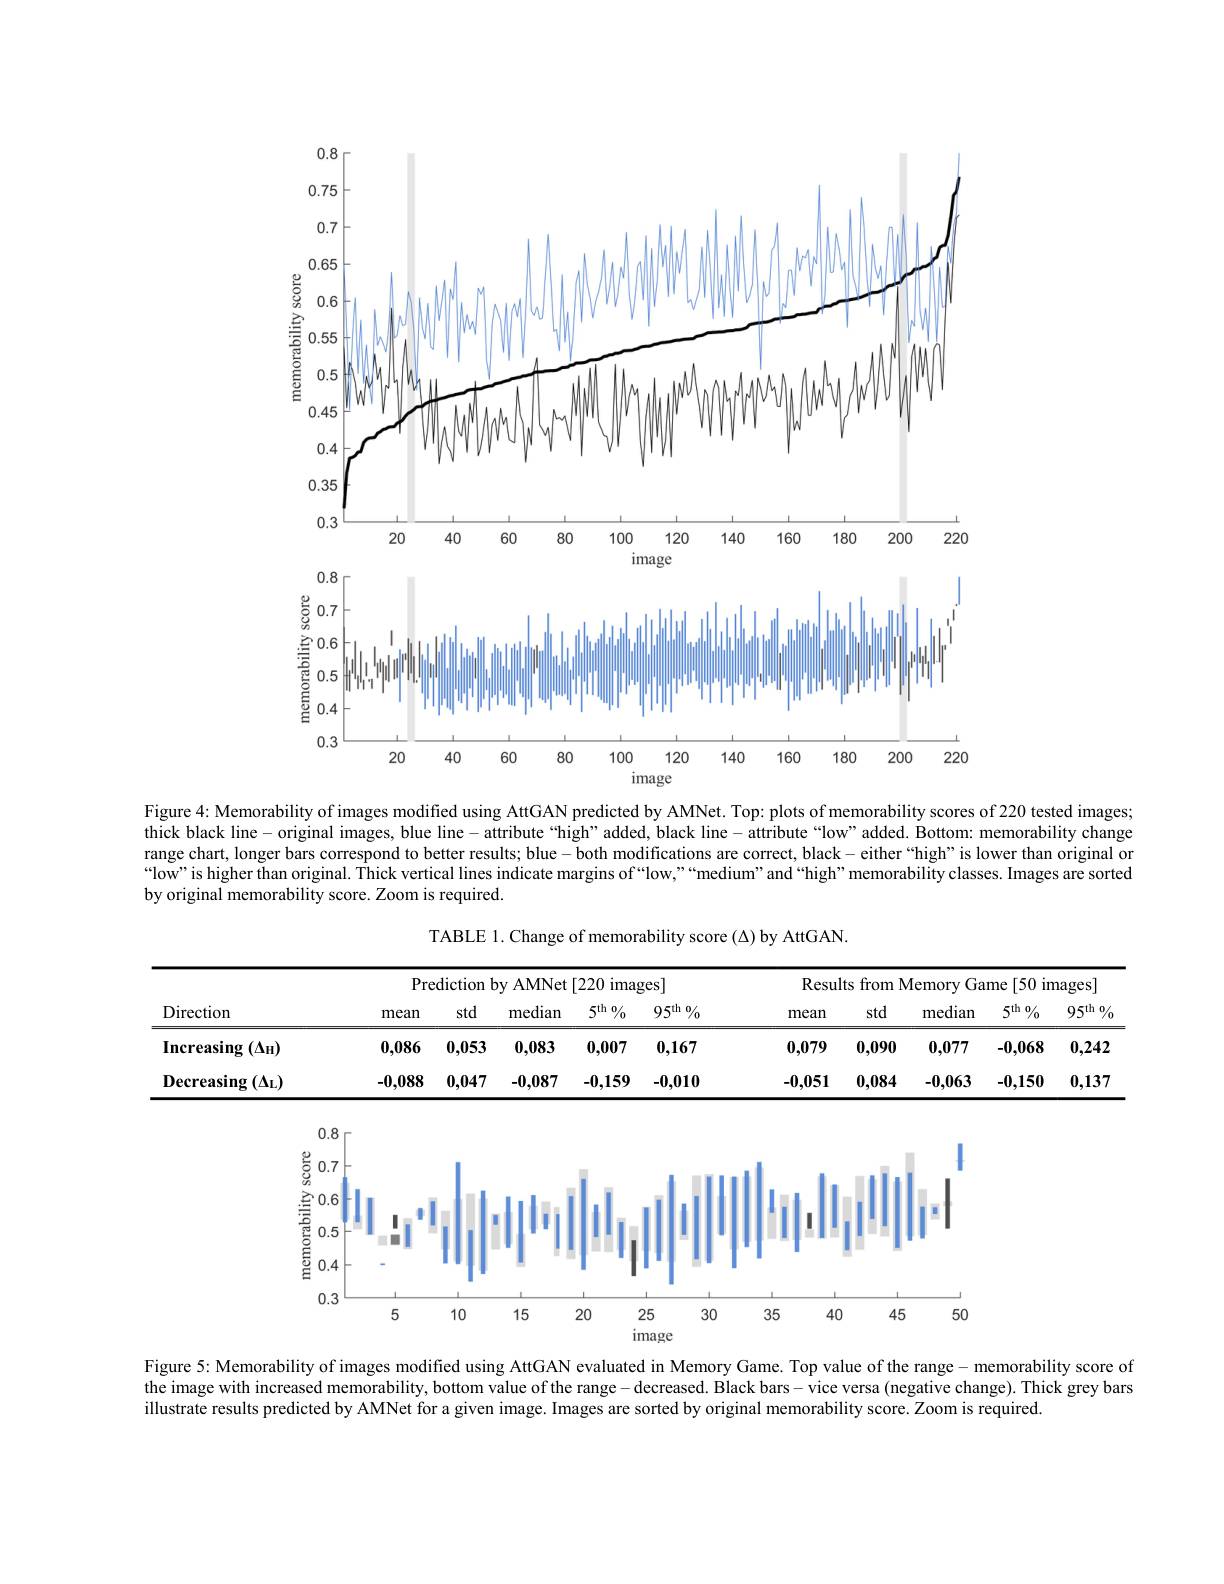
<FigureHere>
image

Figure 4: Memorability of images modified using AttGAN predicted by AMNet. Top: plots of memorability scores of 220 tested images; thick black line-original images, blue line-attribute“high”added, black line-attribute“low"added. Bottom: memorability change range chart, longer bars correspond to better results; blue -both modifications are correct, black-either“high”is lower than original or “low”is higher than original. Thick vertical lines indicate margins of“low,”“medium”and“high”memorability classes. Images are sorted by original memorability score. Zoom is required

TABLE 1. Change of memorability score (Δ) by AttGAN.

<table>
	<tbody>
		<tr>
			<th rowspan="2">Direction</th>
			<th colspan="5">Prediction by AMNet [220 images]</th>
			<th colspan="5">Results from Memory Game[50 images]</th>
		</tr>
		<tr>
			<th>mean</th>
			<th>std</th>
			<th>median</th>
			<th>$5^{\mathrm{th}}0/_0$</th>
			<th>$95^{\mathrm{th}}/_0$</th>
			<th>mean</th>
			<th>std</th>
			<th>median</th>
			<th>$5^{\mathrm{th}}0/_0$</th>
			<th>$95^{\mathrm{th}}/_0$</th>
		</tr>
		<tr>
			<td>Increasing (AH)</td>
			<td>0,086</td>
			<td>0,053</td>
			<td>0,083</td>
			<td>0,007</td>
			<td>0,167</td>
			<td>0,079</td>
			<td>0,090</td>
			<td>0,077</td>
			<td>-0,068</td>
			<td>0,242</td>
		</tr>
		<tr>
			<td>Decreasing $\stackrel{g}{(\Delta_{\mathrm{L}})}$</td>
			<td>-0,088</td>
			<td>0,047</td>
			<td>-0,087</td>
			<td>-0,159</td>
			<td>-0,010</td>
			<td>-0,051</td>
			<td>0,084</td>
			<td>-0,063</td>
			<td>-0,150</td>
			<td>0,137</td>
		</tr>
	</tbody>
</table>

<FigureHere>

Figure 5: Memorability of images modified using AttGAN evaluated in Memory Game. Top value of the range - memorability score of the image with increased memorability, bottom value of the range- decreased. Black bars-vice versa (negative change). Thick grey bars illustrate results predicted by AMNet for a given image. Images are sorted by original memorability score. Zoom is required